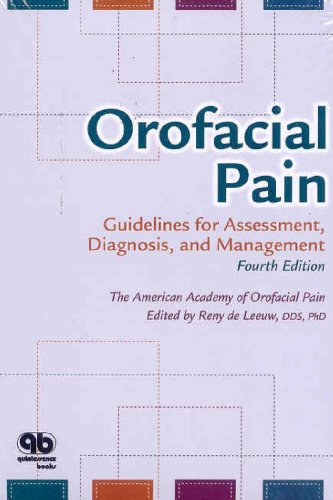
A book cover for Orofacial Pain: Guidelines for Assessment, Diagnosis, and Management; Reny de Leeuw; Medical Books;